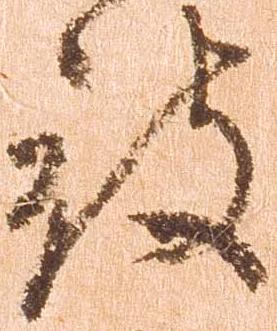
被